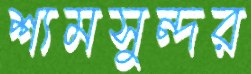
শ্যমসুন্দর